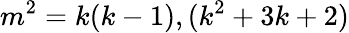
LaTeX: m^{2}=k(k-1),(k^{2}+3k+2)